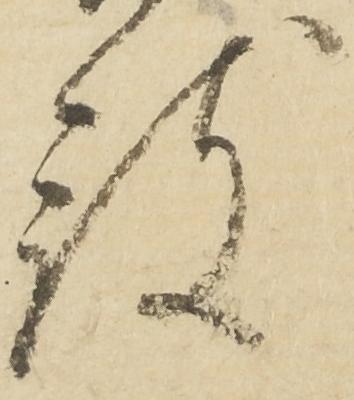
被